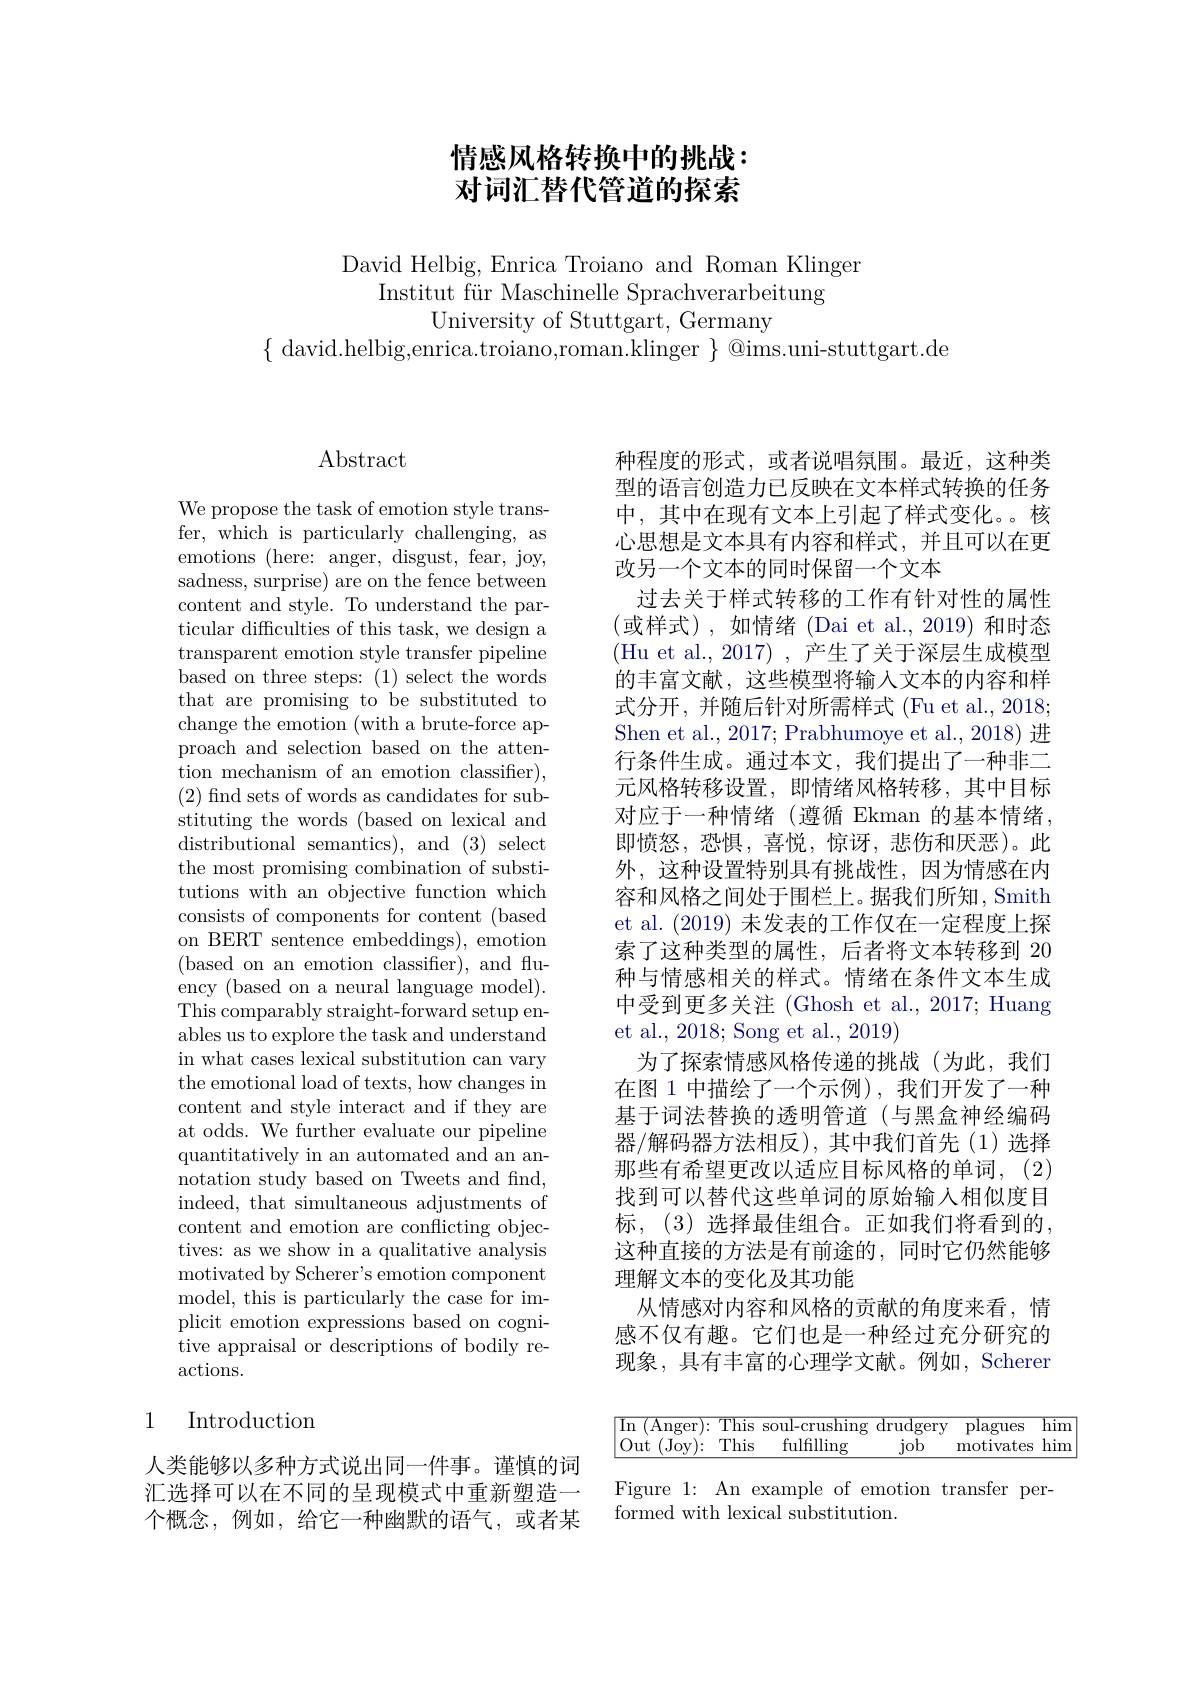
# 情感风格转换中的挑战： 对词汇替代管道的探索

David Helbig, Enrica Troiano and Roman Klinger
Institut für Maschinelle Sprachverarbeitung
University of Stuttgart, Germany
$\{$david.helbig,enrica.troiano,roman.klinger $\}$@ims.uni-stuttgart.de

## $\operatorname{Abstract}$

We propose the task of emotion style transfer, which is particularly challenging, as emotions (here: anger, disgust, fear, joy, sadness, surprise) are on the fence between content and style. To understand the particular difficulties of this task, we design a transparent emotion style transfer pipeline based on three steps: (1) select the words that are promising to be substituted to change the emotion (with a brute-force approach and selection based on the attention mechanism of an emotion classifier), (2) find sets of words as candidates for substituting the words (based on lexical and distributional semantics), and (3) select the most promising combination of substitutions with an objective function which consists of components for content (based on BERT sentence embeddings), emotion (based on an emotion classifier), and fluency (based on a neural language model). This comparably straight-forward setup enables us to explore the task and understand in what cases lexical substitution can vary the emotional load of texts, how changes in content and style interact and if they are at odds. We further evaluate our pipeline quantitatively in an automated and an annotation study based on Tweets and find, indeed, that simultaneous adjustments of content and emotion are conflicting objectives: as we show in a qualitative analysis motivated by Scherer's emotion component model, this is particularly the case for implicit emotion expressions based on cognitive appraisal or descriptions of bodily reactions.

### 1 Introduction

人类能够以多种方式说出同一件事。谨慎的词汇选择可以在不同的呈现模式中重新塑造一个概念，例如，给它一种幽默的语气，或者某

种程度的形式，或者说唱氛围。最近，这种类型的语言创造力已反映在文本样式转换的任务中，其中在现有文本上引起了样式变化。核心思想是文本具有内容和样式，并且可以在更改另一个文本的同时保留一个文本
过去关于样式转移的工作有针对性的属性(或样式),如情绪 (Dai et al.,2019)和时态(Hu et al., 2017),产生了关于深层生成模型的丰富文献，这些模型将输入文本的内容和样式分开，并随后针对所需样式 (Fu et al., 2018; Shen et al., 2017; Prabhumoye et al., 2018) 进行条件生成。通过本文，我们提出了一种非二元风格转移设置，即情绪风格转移，其中目标对应于一种情绪(遵循 Ekman 的基本情绪， 即愤怒，恐惧，喜悦，惊讶，悲伤和厌恶)。此外，这种设置特别具有挑战性，因为情感在内容和风格之间处于围栏上。据我们所知，Smith et al. (2019)未发表的工作仅在一定程度上探索了这种类型的属性，后者将文本转移到 20种与情感相关的样式。情绪在条件文本生成中受到更多关注 (Ghosh et al., 2017; Huang et al., 2018; Song et al., 2019)
为了探索情感风格传递的挑战(为此，我们在图 1 中描绘了一个示例),我们开发了一种基于词法替换的透明管道(与黑盒神经编码器/解码器方法相反),其中我们首先(1)选择那些有希望更改以适应目标风格的单词，(2) 找到可以替代这些单词的原始输人相似度目标，(3)选择最佳组合。正如我们将看到的， 这种直接的方法是有前途的，同时它仍然能够理解文本的变化及其功能
从情感对内容和风格的贡献的角度来看，情感不仅有趣。它们也是一种经过充分研究的现象，具有丰富的心理学文献。例如，Scherer
$$\begin{array}{|ccccc|}\hline\text{In (Anger): This soul-crushing drudgery}&\text{plagues}&\text{him}\\\text{Out (Joy):}&\text{This}&\text{fulfilling}&\text{job}&\text{motivates}&\text{him}\\\hline\end{array}$$
Figure 1: An example of emotion transfer per-
formed with lexical substitution.